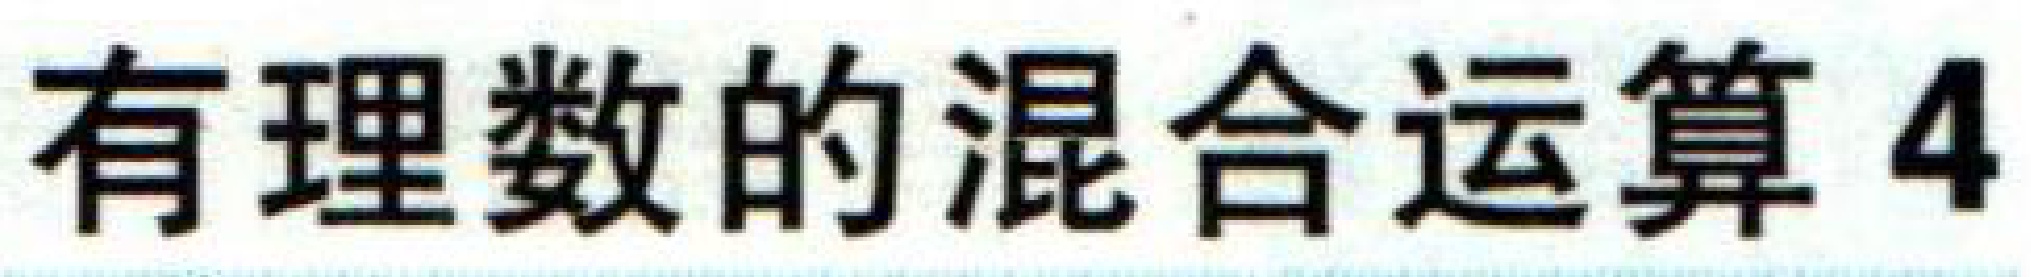
有理数的混合运算 4